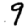
Digit: 9